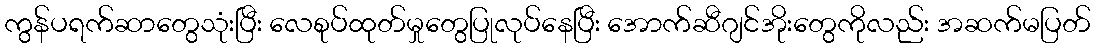
ကွန်ပရက်ဆာတွေသုံးပြီး လေစုပ်ထုတ်မှုတွေပြုလုပ်နေပြီး အောက်ဆီဂျင်အိုးတွေကိုလည်း အဆက်မပြတ်